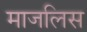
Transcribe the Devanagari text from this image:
माजलिस